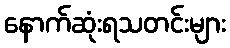
နောက်ဆုံးရသတင်းများ